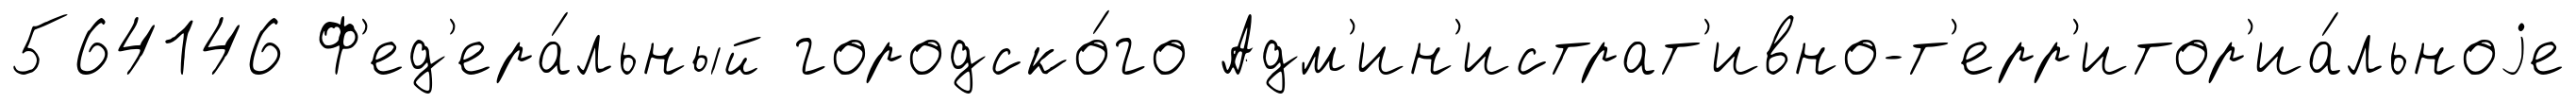
564146 Ф'ед'ера́льный городско́го Адм'ин'истрат'ивно-т'ерр'итор'иа́льноjе